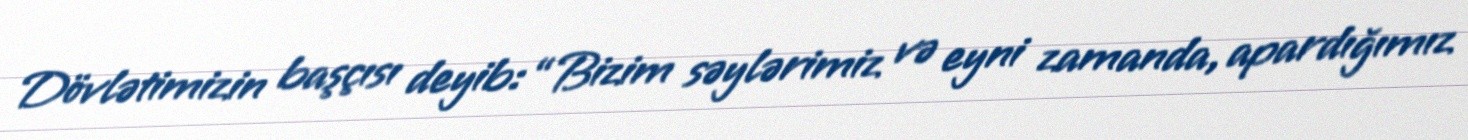
Dövlətimizin başçısı deyib: “Bizim səylərimiz və eyni zamanda, apardığımız